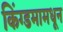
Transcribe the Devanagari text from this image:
किंग्डमामधून